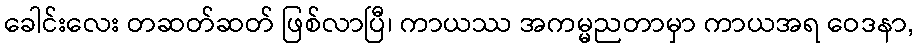
ခေါင်းလေး တဆတ်ဆတ် ဖြစ်လာပြီ၊ ကာယဿ အကမ္မညတာမှာ ကာယအရ ဝေဒနာ,